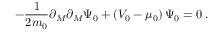
- \frac { 1 } { 2 m _ { 0 } } \partial _ { M } \partial _ { M } \Psi _ { 0 } + \left( V _ { 0 } - \mu _ { 0 } \right) \Psi _ { 0 } = 0 \; .